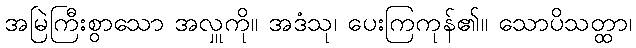
အမြဲကြီးစွာသော အလှူကို။ အဒံသု၊ ပေးကြကုန်၏။ သောပိသတ္ထာ၊